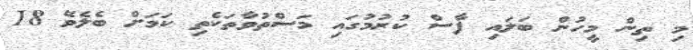
މި ތިން މީހުން ބަލައި ފާސް ކުރުމުގައި މަސްތުވާތަކެތި ކަމަށް ބެލެވޭ 18